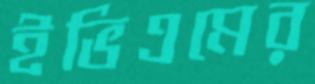
ইভিএমের